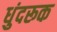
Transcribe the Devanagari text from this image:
धुंदरूक